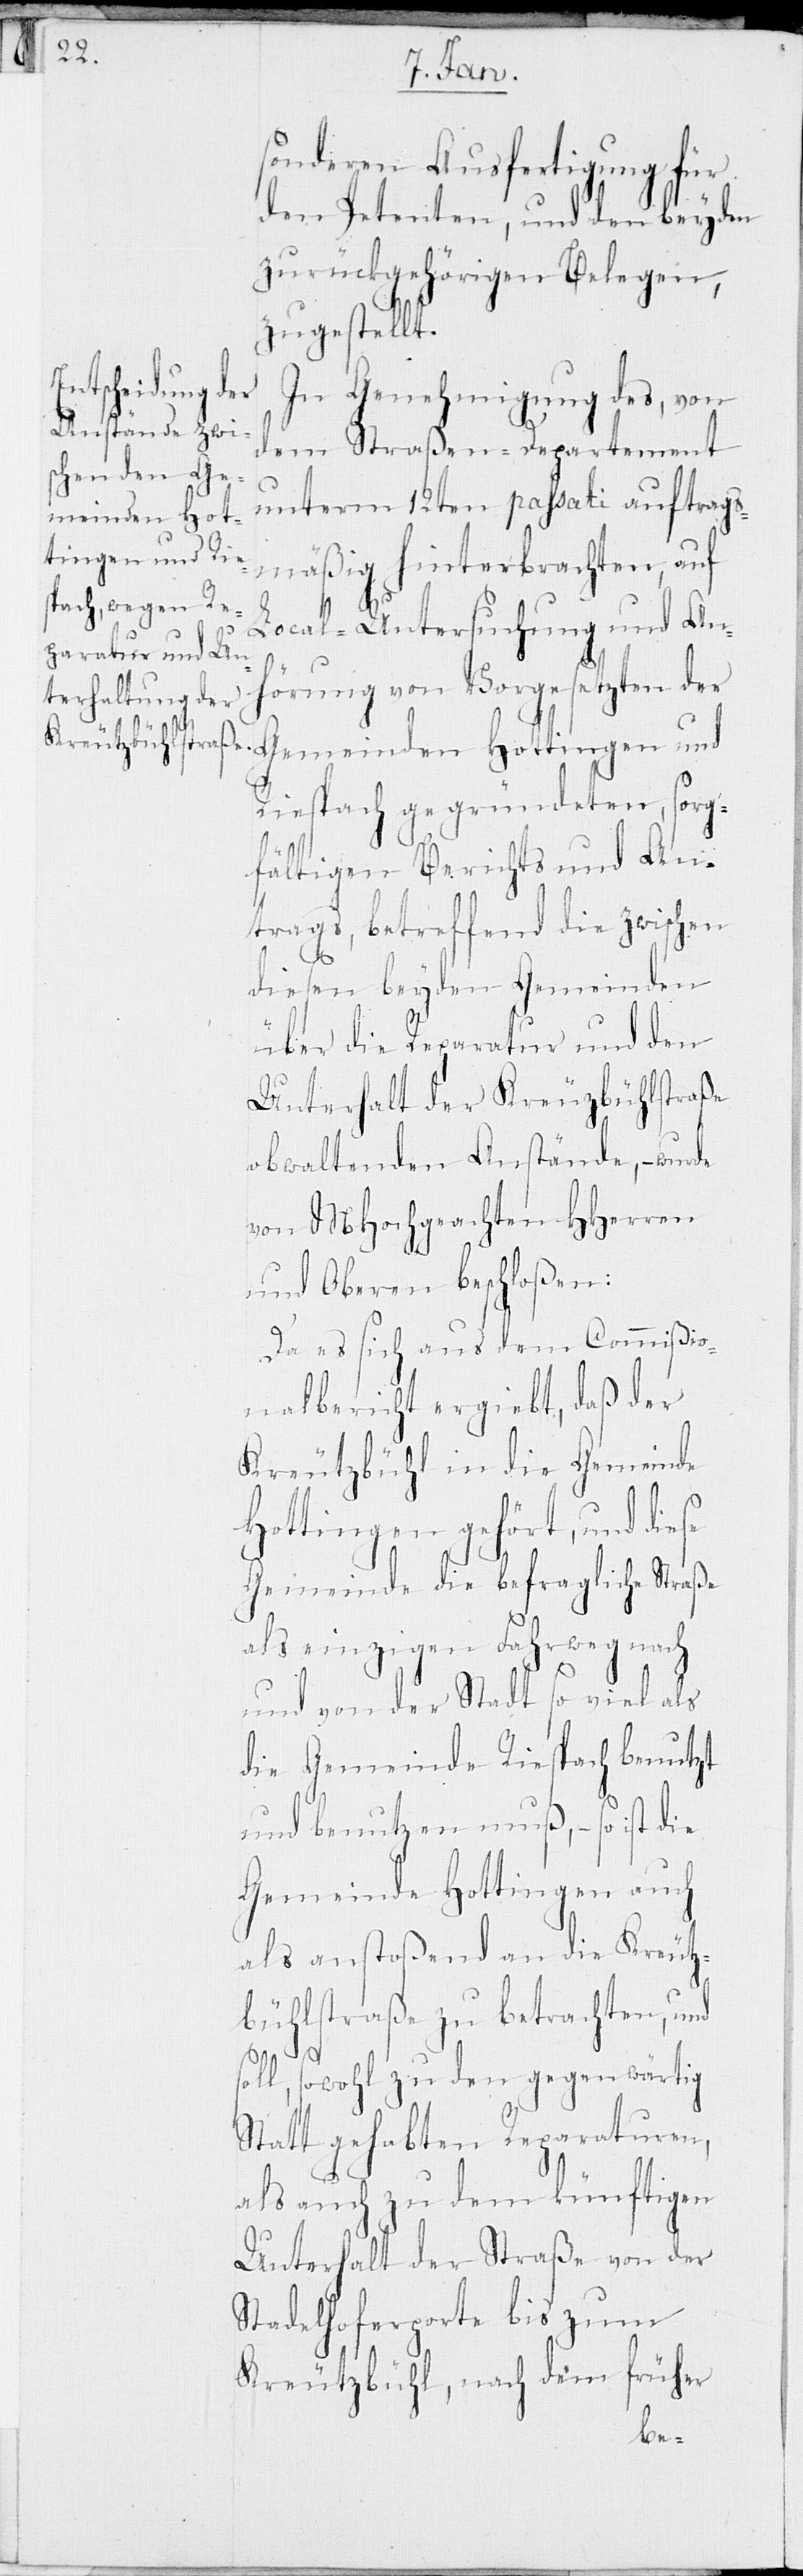
sonderen Ausfertigung für
den Petenten, und den beyden
zurückgehörigen Belegen,
zugestellt.
In Genehmigung des, von
dem Straßen-Departement
unterm 12ten passati auftrags¬
mäßig hinterbrachten, auf
Local-Untersuchung und An¬
hörung von Vorgesetzten der
Riespach gegründeten, sorg¬
fältigen Berichts und An¬
trags, betreffend die zwischen
diesen beyden Gemeinden
über die Reparatur und den
Unterhalt der Kreuzbühlstraße
obwaltenden Anstände, – wurde
von MHochgeachten HHerren
und Oberen beschloßen:
Da es sich aus dem Commißio¬
nalbericht ergiebt, daß der
Kreutzbühl in die Gemeinde
Hottingen gehört, und die¬
Gemeinde die befragliche Straße
se
als einzigen Fahrweg nach
und von der Stadt so viel als
die Gemeinde Riespach benutzt
und benutzen muß, – so ist die
Gemeinde Hottingen auch
als anstoßend an die Kreutz¬
bühlstraße zu betrachten, und
soll, sowohl zu den gegenwärtig
Statt gehabten Reparaturen,
als auch zu dem künftigen
Unterhalt der Straße von der
Stadelhoferporte bis zum
Kreutzbühl, nach dem früher